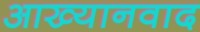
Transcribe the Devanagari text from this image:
आख्यानवाद